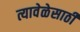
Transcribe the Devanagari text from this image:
त्यावेळेसाठी